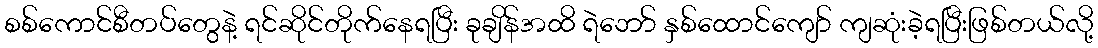
စစ်ကောင်စီတပ်တွေနဲ့ ရင်ဆိုင်တိုက်နေရပြီး ခုချိန်အထိ ရဲဘော် နှစ်ထောင်ကျော် ကျဆုံးခဲ့ရပြီးဖြစ်တယ်လို့